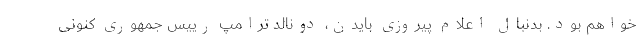
خواهم بود. بدنبال اعلام پیروزی بایدن، دونالد ترامپ رییس جمهوری کنونی